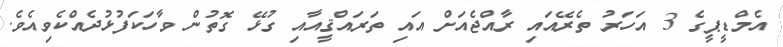
އެމްޑީޕީގެ 3 އަހަރު ތެރޭއައި ރާއްޖެއަށް އައި ތަރައްޤީއާއި ގުޅޭ ގޮތުން ވާހަކަފުޅުދެއްކެވިއެވެ.